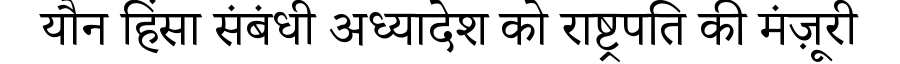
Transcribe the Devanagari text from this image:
यौन हिंसा संबंधी अध्यादेश को राष्ट्रपति की मंज़ूरी